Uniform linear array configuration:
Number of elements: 32
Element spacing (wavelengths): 0.75
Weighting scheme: exponential
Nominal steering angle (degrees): -45
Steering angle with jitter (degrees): -45.28
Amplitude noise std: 0.05
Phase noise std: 0.05

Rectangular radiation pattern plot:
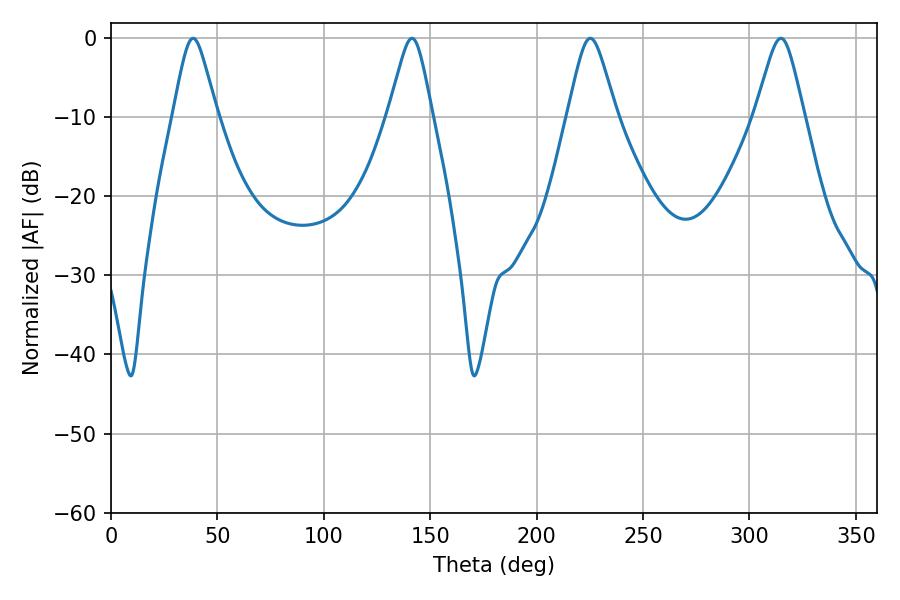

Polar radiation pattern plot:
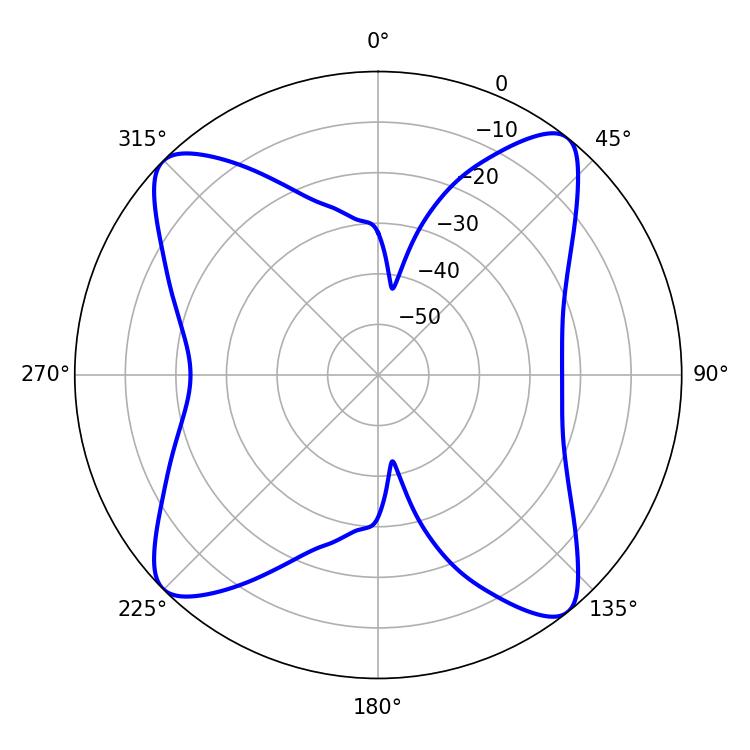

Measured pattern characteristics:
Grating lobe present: TRUE
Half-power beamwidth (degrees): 10.98
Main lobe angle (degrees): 225.18